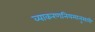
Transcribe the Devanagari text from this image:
व्याकरणनियमानुसारी